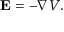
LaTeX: \mathbf { E } = - \nabla V .